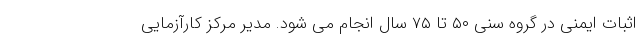
اثبات ایمنی در گروه سنی ۵۰ تا ۷۵ سال انجام می شود. مدیر مرکز کارآزمایی